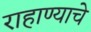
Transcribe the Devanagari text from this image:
राहाण्याचे